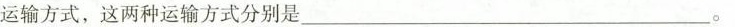
运输方式，这两种运输方式分别是___。